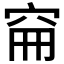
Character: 𥥚